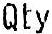
QTY